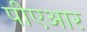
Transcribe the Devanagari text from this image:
पीएआर